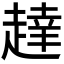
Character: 𬦔